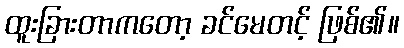
ထူးခြားတာကတော့ ခင်မေတင့် ဖြစ်၏။